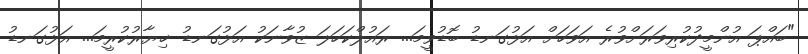
"ބައްޕަ އުންމީދުކުރިވަރަށްވުރެ އަވަހަށް އަޅުގަނޑު ބޮޑުވީމަ... ރައުލްކަހަލަ ޒުވާނަކު އަޅުގަނޑު ޚިޔާރުކުރީމަ... އަޅުގަނޑު